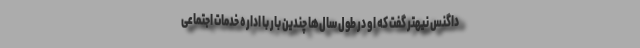
داگنس نیهتر گفت که او در طول سال‌ها چندین بار با اداره خدمات اجتماعی